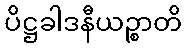
ပိဋ္ဌခါဒနီယဉ္စာတိ